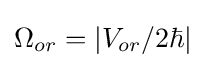
\Omega _{or}=|V_{or}/2\hbar |